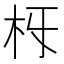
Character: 𣏛